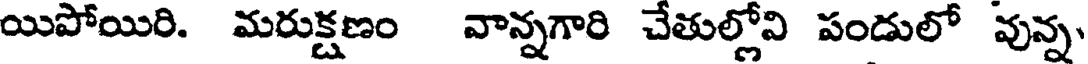
యిపోయిరి. మరుక్షణం వాన్నగారి చేతుల్లోవి పండులో వున్న